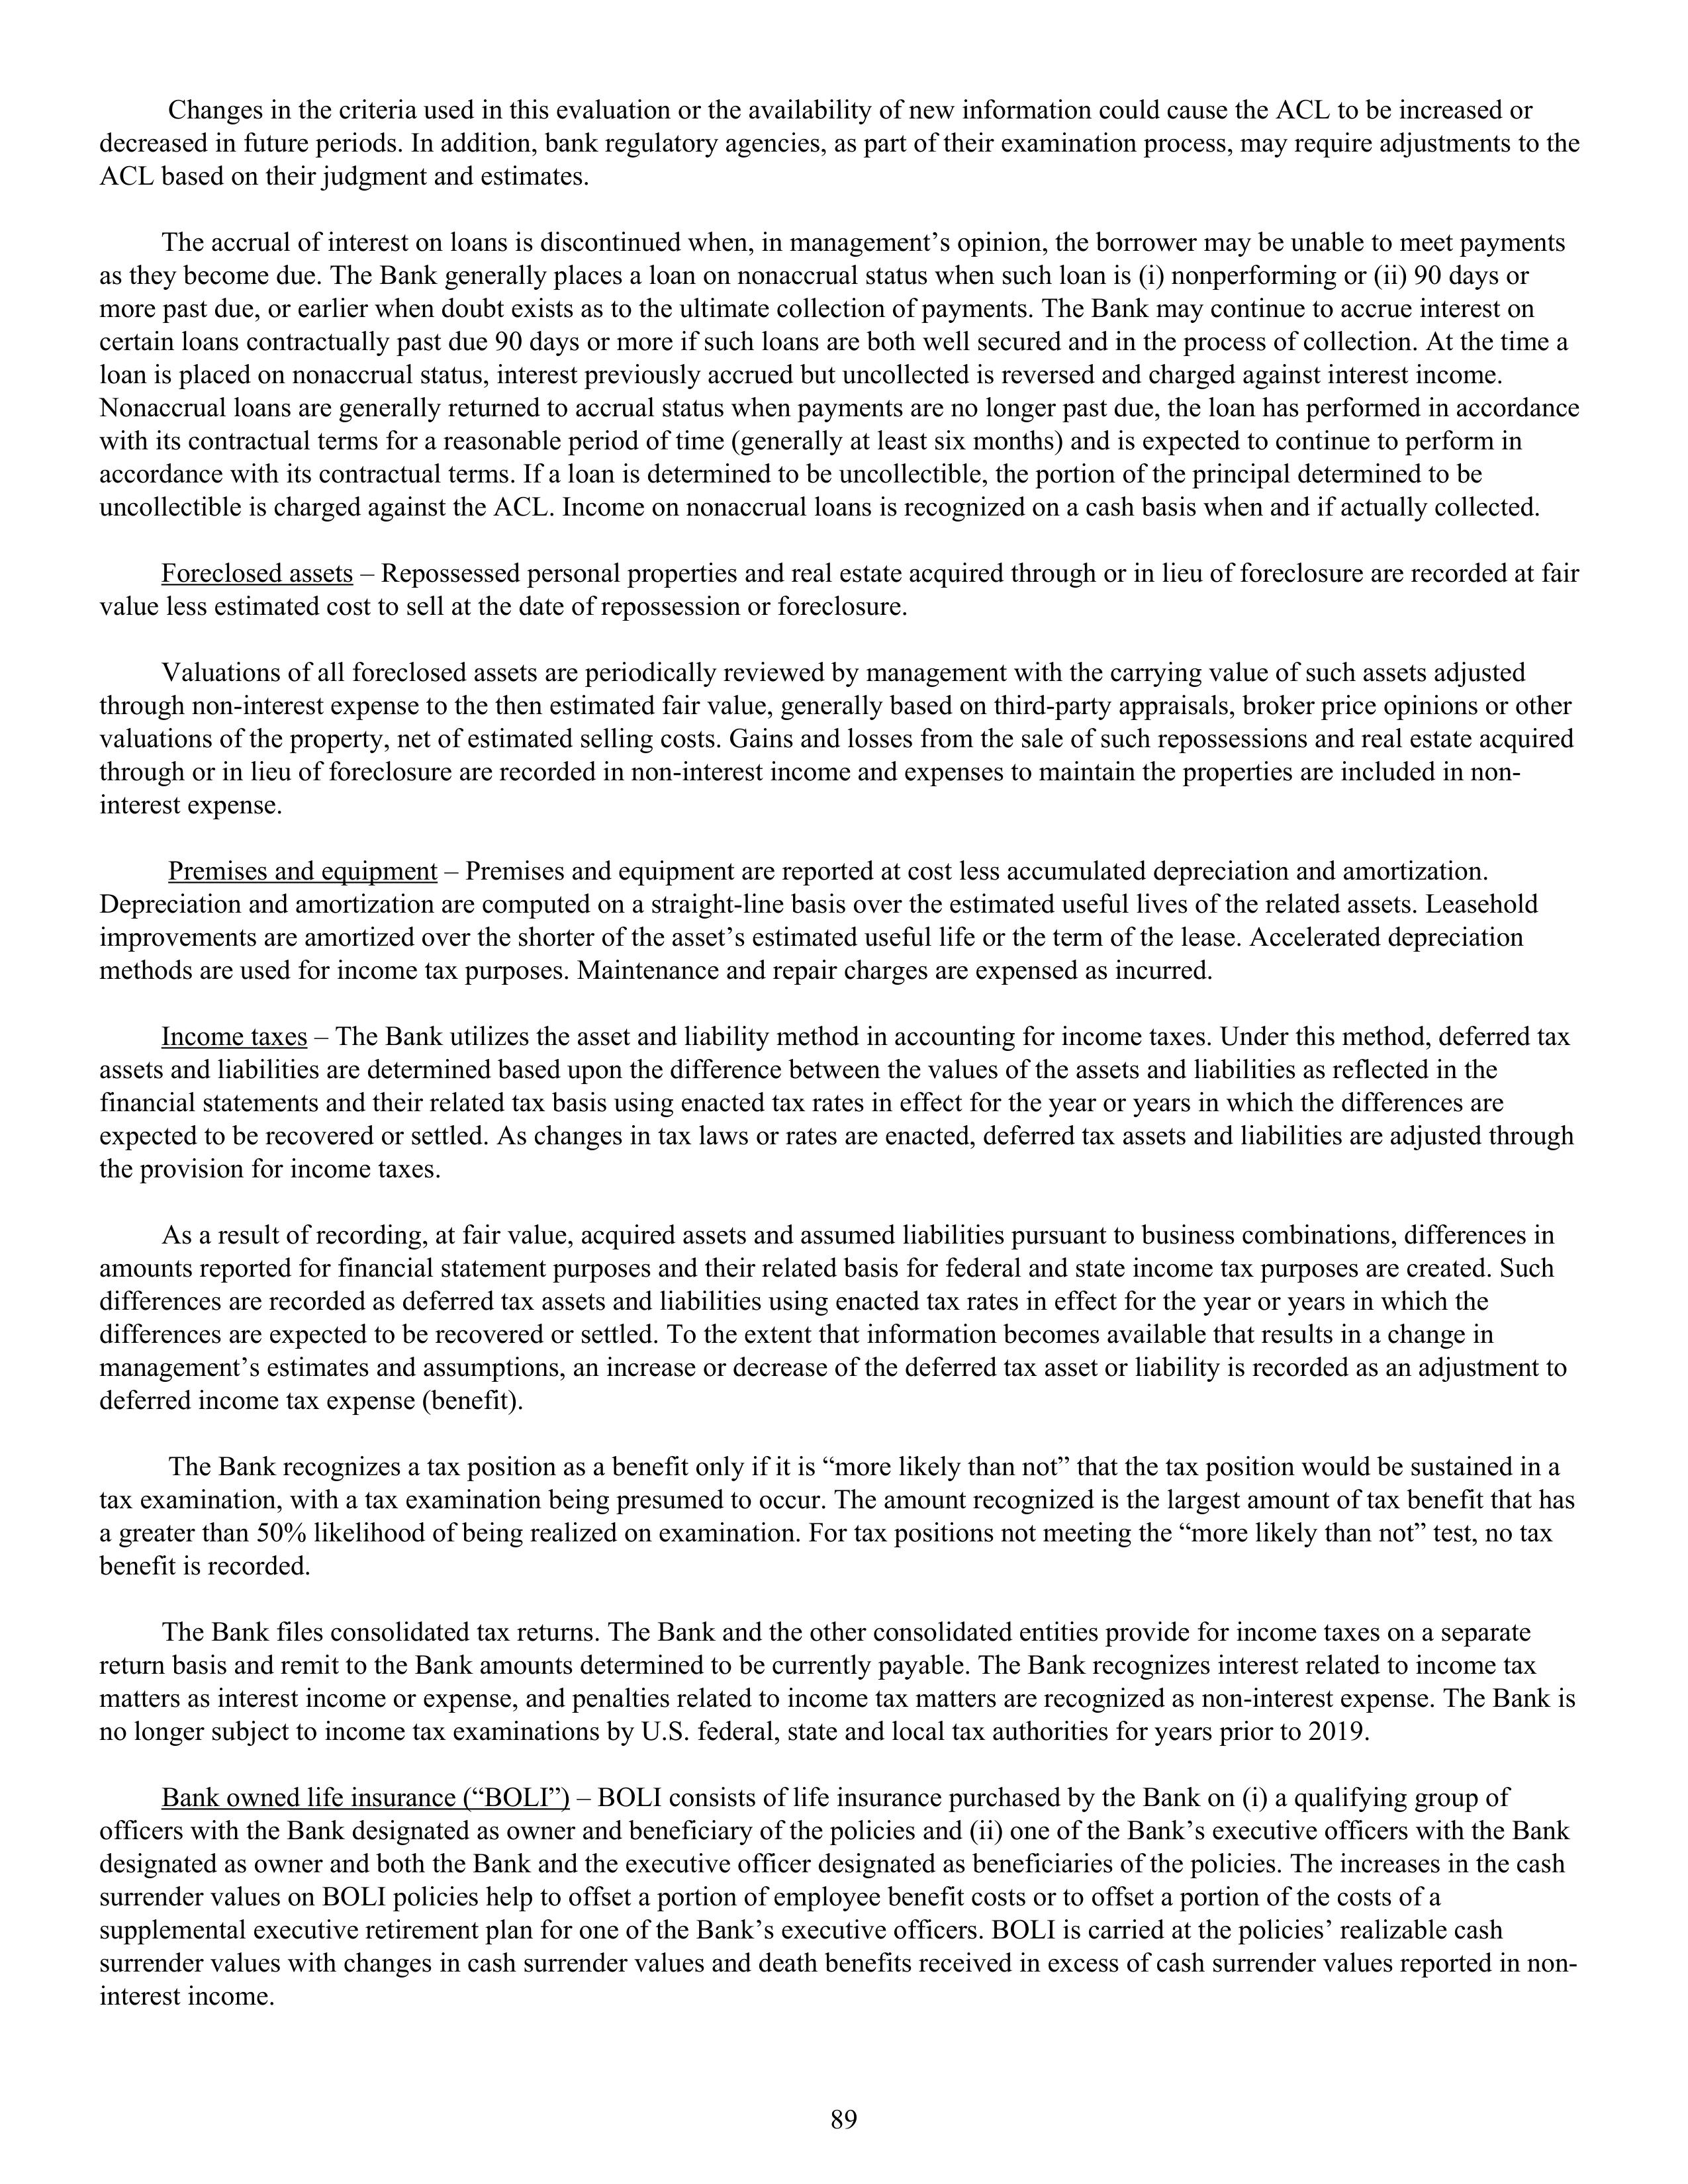
Changes in the criteria used in this evaluation or the availability of new information could cause the ACL to be increased or
decreased in future periods. In addition, bank regulatory agencies, as part of their examination process, may require adjustments to the
ACL based on their judgment and estimates.

The accrual of interest on loans is discontinued when, in management’s opinion, the borrower may be unable to meet payments
as they become due. The Bank generally places a loan on nonaccrual status when such loan is (i) nonperforming or (ii) 90 days or
more past due, or earlier when doubt exists as to the ultimate collection of payments. The Bank may continue to accrue interest on
certain loans contractually past due 90 days or more if such loans are both well secured and in the process of collection. At the time a
loan is placed on nonaccrual status, interest previously accrued but uncollected is reversed and charged against interest income.
Nonaccrual loans are generally returned to accrual status when payments are no longer past due, the loan has performed in accordance
with its contractual terms for a reasonable period of time (generally at least six months) and is expected to continue to perform in
accordance with its contractual terms. If a loan is determined to be uncollectible, the portion of the principal determined to be
uncollectible is charged against the ACL. Income on nonaccrual loans is recognized on a cash basis when and if actually collected.

Foreclosed assets — Repossessed personal properties and real estate acquired through or in lieu of foreclosure are recorded at fair
value less estimated cost to sell at the date of repossession or foreclosure.

Valuations of all foreclosed assets are periodically reviewed by management with the carrying value of such assets adjusted
through non-interest expense to the then estimated fair value, generally based on third-party appraisals, broker price opinions or other
valuations of the property, net of estimated selling costs. Gains and losses from the sale of such repossessions and real estate acquired
through or in lieu of foreclosure are recorded in non-interest income and expenses to maintain the properties are included in non-
interest expense.

Premises and equipment — Premises and equipment are reported at cost less accumulated depreciation and amortization.
Depreciation and amortization are computed on a straight-line basis over the estimated useful lives of the related assets. Leasehold
improvements are amortized over the shorter of the asset’s estimated useful life or the term of the lease. Accelerated depreciation
methods are used for income tax purposes. Maintenance and repair charges are expensed as incurred.

Income taxes — The Bank utilizes the asset and liability method in accounting for income taxes. Under this method, deferred tax
assets and liabilities are determined based upon the difference between the values of the assets and liabilities as reflected in the
financial statements and their related tax basis using enacted tax rates in effect for the year or years in which the differences are
expected to be recovered or settled. As changes in tax laws or rates are enacted, deferred tax assets and liabilities are adjusted through
the provision for income taxes.

As a result of recording, at fair value, acquired assets and assumed liabilities pursuant to business combinations, differences in
amounts reported for financial statement purposes and their related basis for federal and state income tax purposes are created. Such
differences are recorded as deferred tax assets and liabilities using enacted tax rates in effect for the year or years in which the
differences are expected to be recovered or settled. To the extent that information becomes available that results in a change in
management’s estimates and assumptions, an increase or decrease of the deferred tax asset or liability is recorded as an adjustment to
deferred income tax expense (benefit).

The Bank recognizes a tax position as a benefit only if it is “more likely than not” that the tax position would be sustained in a
tax examination, with a tax examination being presumed to occur. The amount recognized is the largest amount of tax benefit that has
a greater than 50% likelihood of being realized on examination. For tax positions not meeting the “more likely than not” test, no tax
benefit is recorded.

The Bank files consolidated tax returns. The Bank and the other consolidated entities provide for income taxes on a separate
return basis and remit to the Bank amounts determined to be currently payable. The Bank recognizes interest related to income tax
matters as interest income or expense, and penalties related to income tax matters are recognized as non-interest expense. The Bank is
no longer subject to income tax examinations by U.S. federal, state and local tax authorities for years prior to 2019.

Bank owned life insurance (“BOLI”) — BOLI consists of life insurance purchased by the Bank on (i) a qualifying group of
officers with the Bank designated as owner and beneficiary of the policies and (ii) one of the Bank’s executive officers with the Bank
designated as owner and both the Bank and the executive officer designated as beneficiaries of the policies. The increases in the cash
surrender values on BOLI policies help to offset a portion of employee benefit costs or to offset a portion of the costs of a
supplemental executive retirement plan for one of the Bank’s executive officers. BOLI is carried at the policies’ realizable cash
surrender values with changes in cash surrender values and death benefits received in excess of cash surrender values reported in non-
interest income.

89